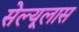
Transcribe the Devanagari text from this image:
सेल्यूलास